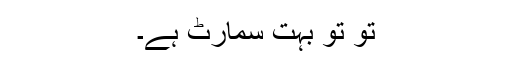
تو تو بہت سمارٹ ہے۔